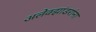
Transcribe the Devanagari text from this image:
अलेक्झांडरांना